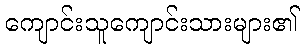
ကျောင်းသူကျောင်းသားများ၏